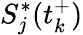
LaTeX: S_{j}^{*}(t_{k}^{+})